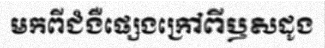
មកពីជំងឺផ្សេងក្រៅពីឫសដូង